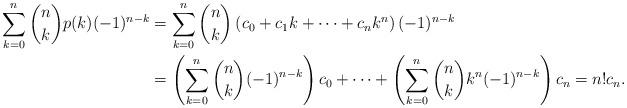
LaTeX: \begin{align*}\sum_{k=0}^n \binom{n}{k}p(k) (-1)^{n-k} &= \sum_{k=0}^n \binom{n}{k}\left(c_0+c_1k+\cdots+c_nk^n\right) (-1)^{n-k} \\ &= \left(\sum_{k=0}^n \binom{n}{k} (-1)^{n-k}\right)c_0 +\cdots+ \left(\sum_{k=0}^n \binom{n}{k} k^n (-1)^{n-k}\right)c_n=n!c_n.\end{align*}